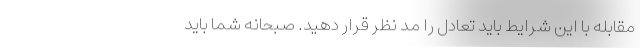
مقابله با این شرایط باید تعادل را مد نظر قرار دهید. صبحانه شما باید